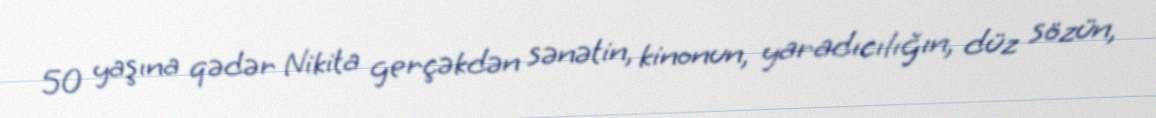
50 yaşına qədər Nikita gerçəkdən sənətin, kinonun, yaradıcılığın, düz sözün,